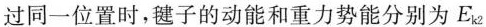
过同一位置时，毽子的动能和重力势能分别为E_{k2}